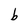
Character: b